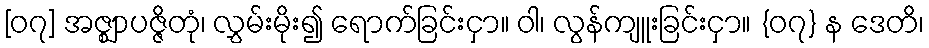
[၀၇] အဇ္ဈာပဇ္ဇိတုံ၊ လွှမ်းမိုး၍ ရောက်ခြင်းငှာ။ ဝါ၊ လွန်ကျူးခြင်းငှာ။ {၀၇} န ဒေတိ၊